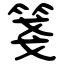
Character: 箋